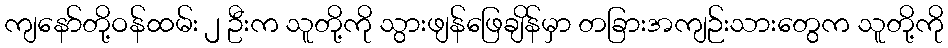
ကျနော်တို့ဝန်ထမ်း ၂ ဦးက သူတို့ကို သွားဖျန်ဖြေချိန်မှာ တခြားအကျဉ်းသားတွေက သူတို့ကို